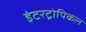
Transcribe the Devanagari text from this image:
इंटरट्रोपिकल